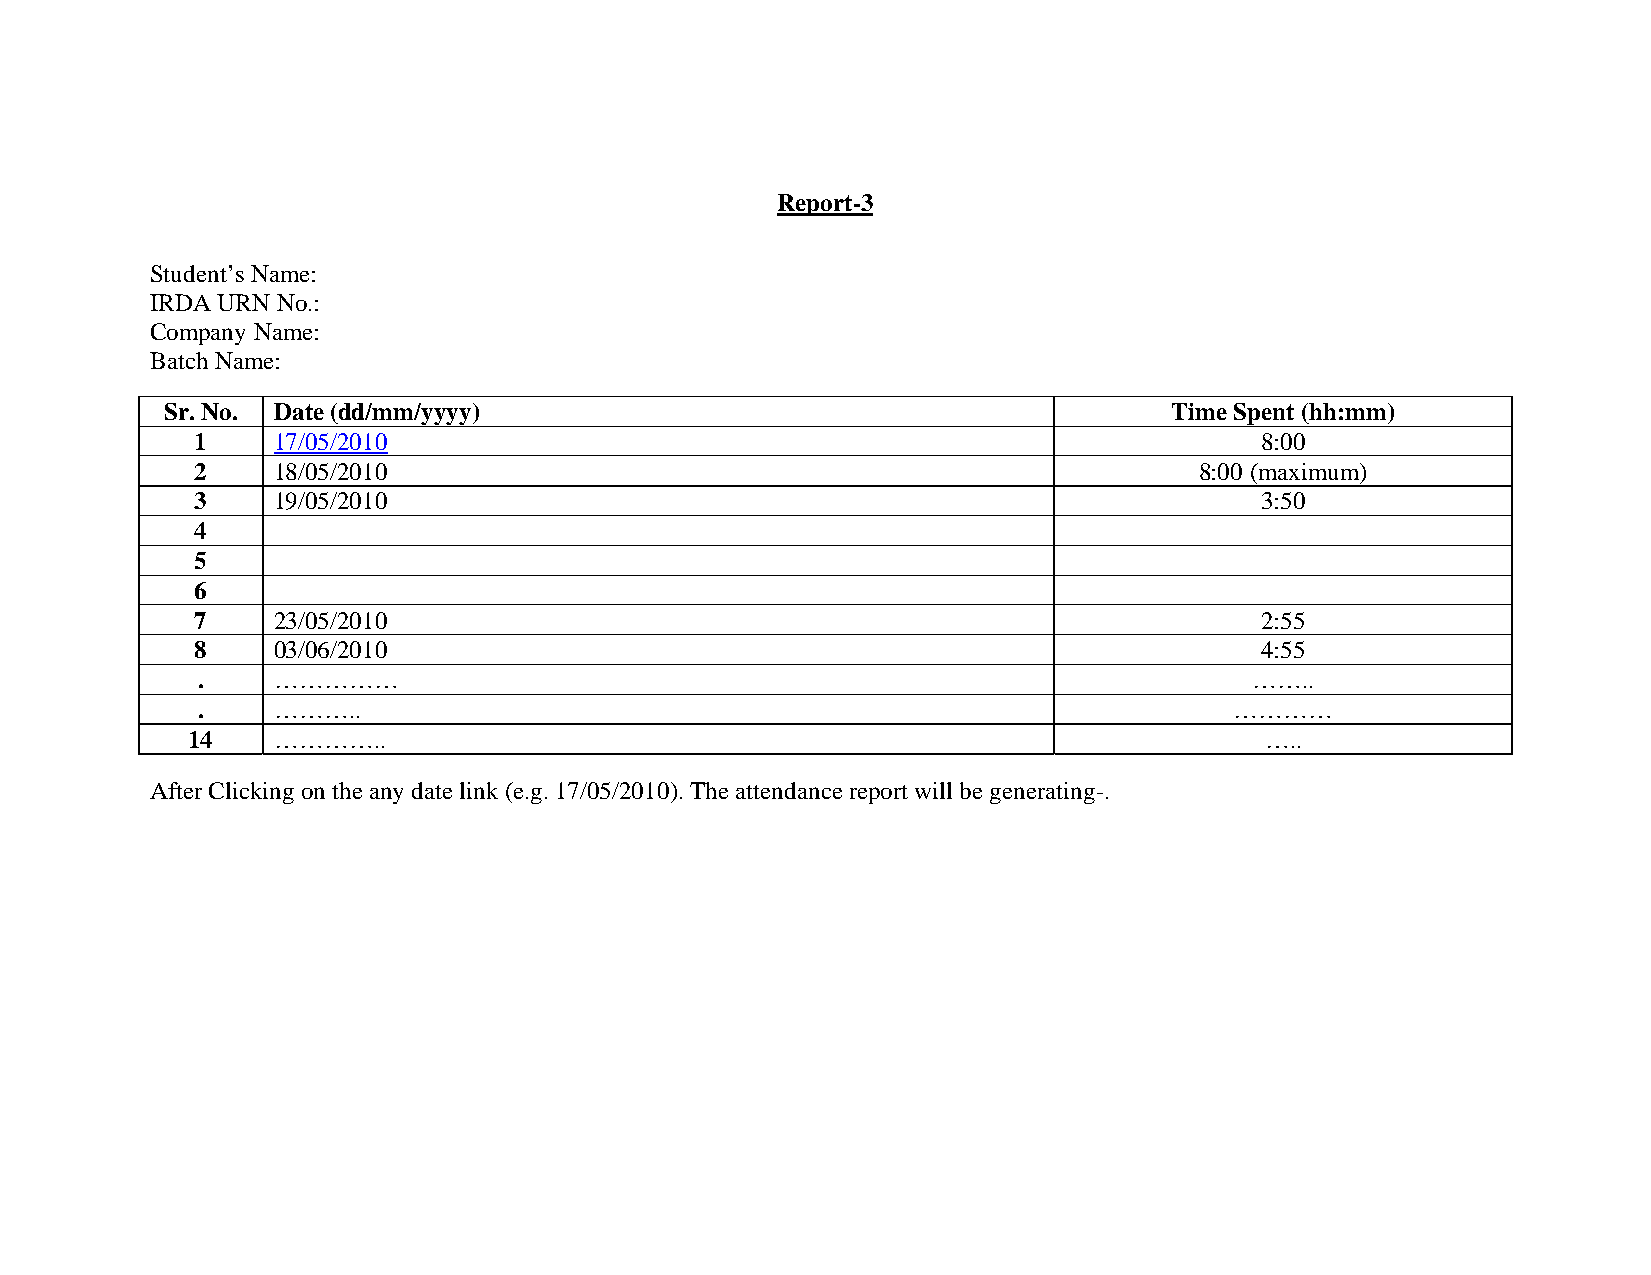
Report-3
 Student’s Name:
 IRDA URN No.:
 Company Name:
 Batch Name:
 Sr. No. Date (dd/mm/yyyy)                                          Time Spent (hh:mm)
 1    17/05/2010                                                       8:00
 2    18/05/2010                                                   8:00 (maximum)
 3    19/05/2010                                                       3:50
 4
 5
 6
 7    23/05/2010                                                       2:55
 8    03/06/2010                                                       4:55
 .    ……………                                                            ……..
 .    ………..                                                           …………
 14    …………..                                                            …..
 After Clicking on the any date link (e.g. 17/05/2010). The attendance report will be generating-.